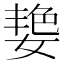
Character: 𮱑